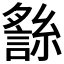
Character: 𧪬